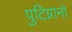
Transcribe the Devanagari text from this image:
पुटिग्नानो